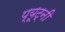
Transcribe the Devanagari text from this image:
प्यूट्नी